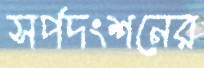
সর্পদংশনের